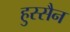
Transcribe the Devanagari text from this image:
हुस्सैन